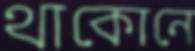
থাকোনে